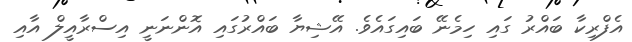
އެފްރިކާ ބައްރު ގައި ހިމެނޭ ބައިގައެވެ. އޭޝިޔާ ބައްރުގައި އޮންނަނީ އިސްރާއީލް އާއި